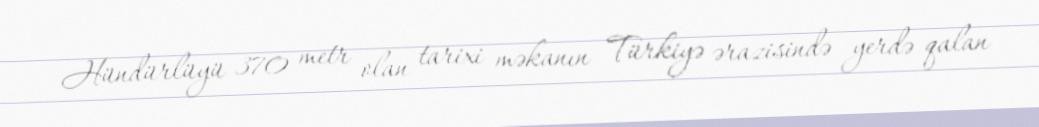
Hündürlüyü 370 metr olan tarixi məkanın Türkiyə ərazisində yerdə qalan